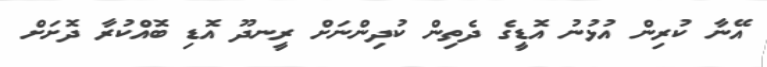
އޭނާ ކުރިން އުޅުނު އޮޑީގެ ދެތިން ކުދިންނަށް ރީނދޫ އޮޑި ބޮއްކުރާ ދޮށަށް